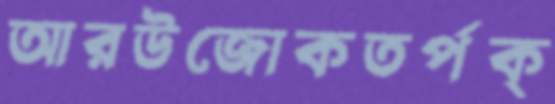
আরউজোকতর্পক্